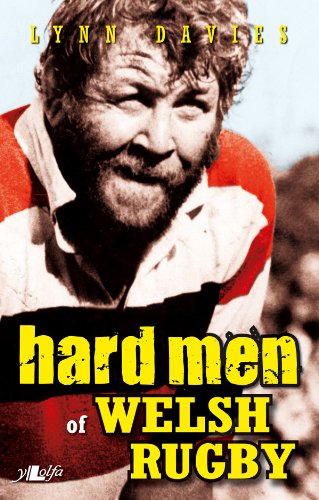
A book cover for Hard Men of Welsh Rugby; Lynn Davies; Sports & Outdoors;